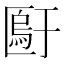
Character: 𫧙